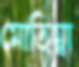
মোতিম্বা